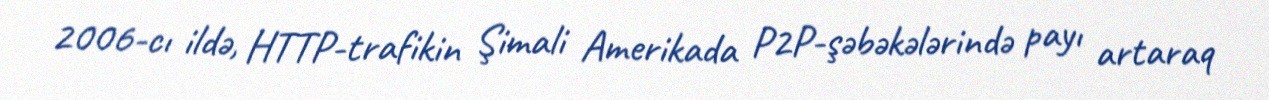
2006-cı ildə, HTTP-trafikin Şimali Amerikada P2P-şəbəkələrində payı artaraq